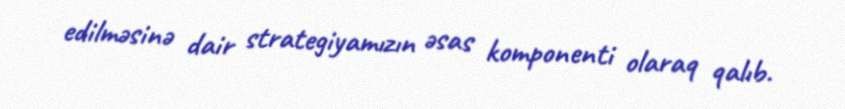
edilməsinə dair strategiyamızın əsas komponenti olaraq qalıb.